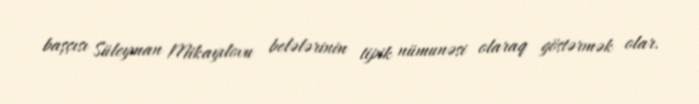
başçısı Süleyman Mikayılovu belələrinin tipik nümunəsi olaraq göstərmək olar.